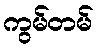
ကွမ်တမ်